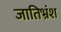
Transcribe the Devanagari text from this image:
जातिभ्रंश